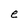
Character: e